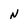
Character: N